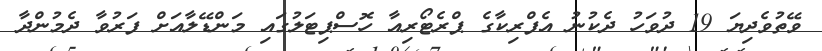
ވޭތުވެދިޔަ 19 ދުވަހު ދެކުނު އެފްރިކާގެ ޕްރެޓޯރިއާ ހޮސްޕިޓަލުގައި މަންޑޭލާއަށް ފަރުވާ ދެމުންދާ